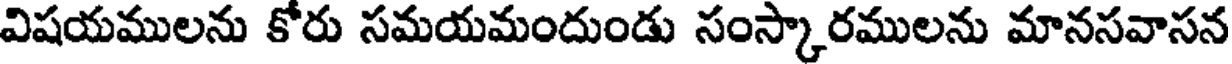
విషయములను కోరు సమయమందుండు సంస్కారములను మానసవాసన